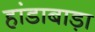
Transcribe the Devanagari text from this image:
हांडाबाड़ा